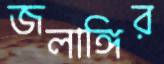
জলাঙ্গির